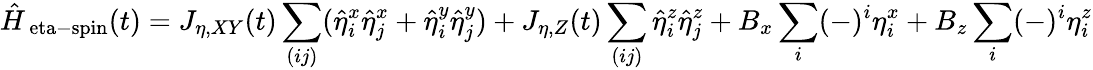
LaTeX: \hat{H}_{\mathrm{\ eta-spin}}(t)=J_{\eta,XY}(t)\sum_{(ij)}(\hat{\eta}_{i}^{x}\hat{\eta}_{j}^{x}+\hat{\eta}_{i}^{y}\hat{\eta}_{j}^{y})+J_{\eta,Z}(t)\sum_{(ij)}\hat{\eta}_{i}^{z}\hat{\eta}_{j}^{z}+B_{x}\sum_{i}(-)^{i}\eta_{i}^{x}+B_{z}\sum_{i}(-)^{i}\eta_{i}^{z}